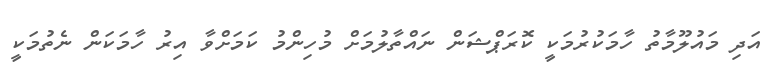
އަދި މައުލޫމާތު ހާމަކުރުމަކީ ކޮރަޕްޝަން ނައްތާލުމަށް މުހިންމު ކަމަށްވާ އިރު ހާމަކަން ނެތުމަކީ